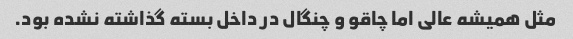
مثل همیشه عالی اما چاقو و چنگال در داخل بسته گذاشته نشده بود.